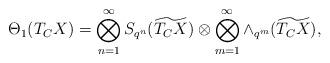
LaTeX: \begin{align*} \Theta_1(T_{C}X)= \bigotimes _{n=1}^{\infty}S_{q^n}(\widetilde{T_CX})\otimes\bigotimes _{m=1}^{\infty}\wedge_{q^m}(\widetilde{T_CX}),\end{align*}